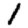
Digit: 1